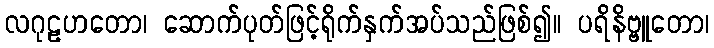
လဂုဠဟတော၊ ဆောက်ပုတ်ဖြင့်ရိုက်နှက်အပ်သည်ဖြစ်၍။ ပရိနိဗ္ဗူတော၊